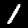
Label: 1